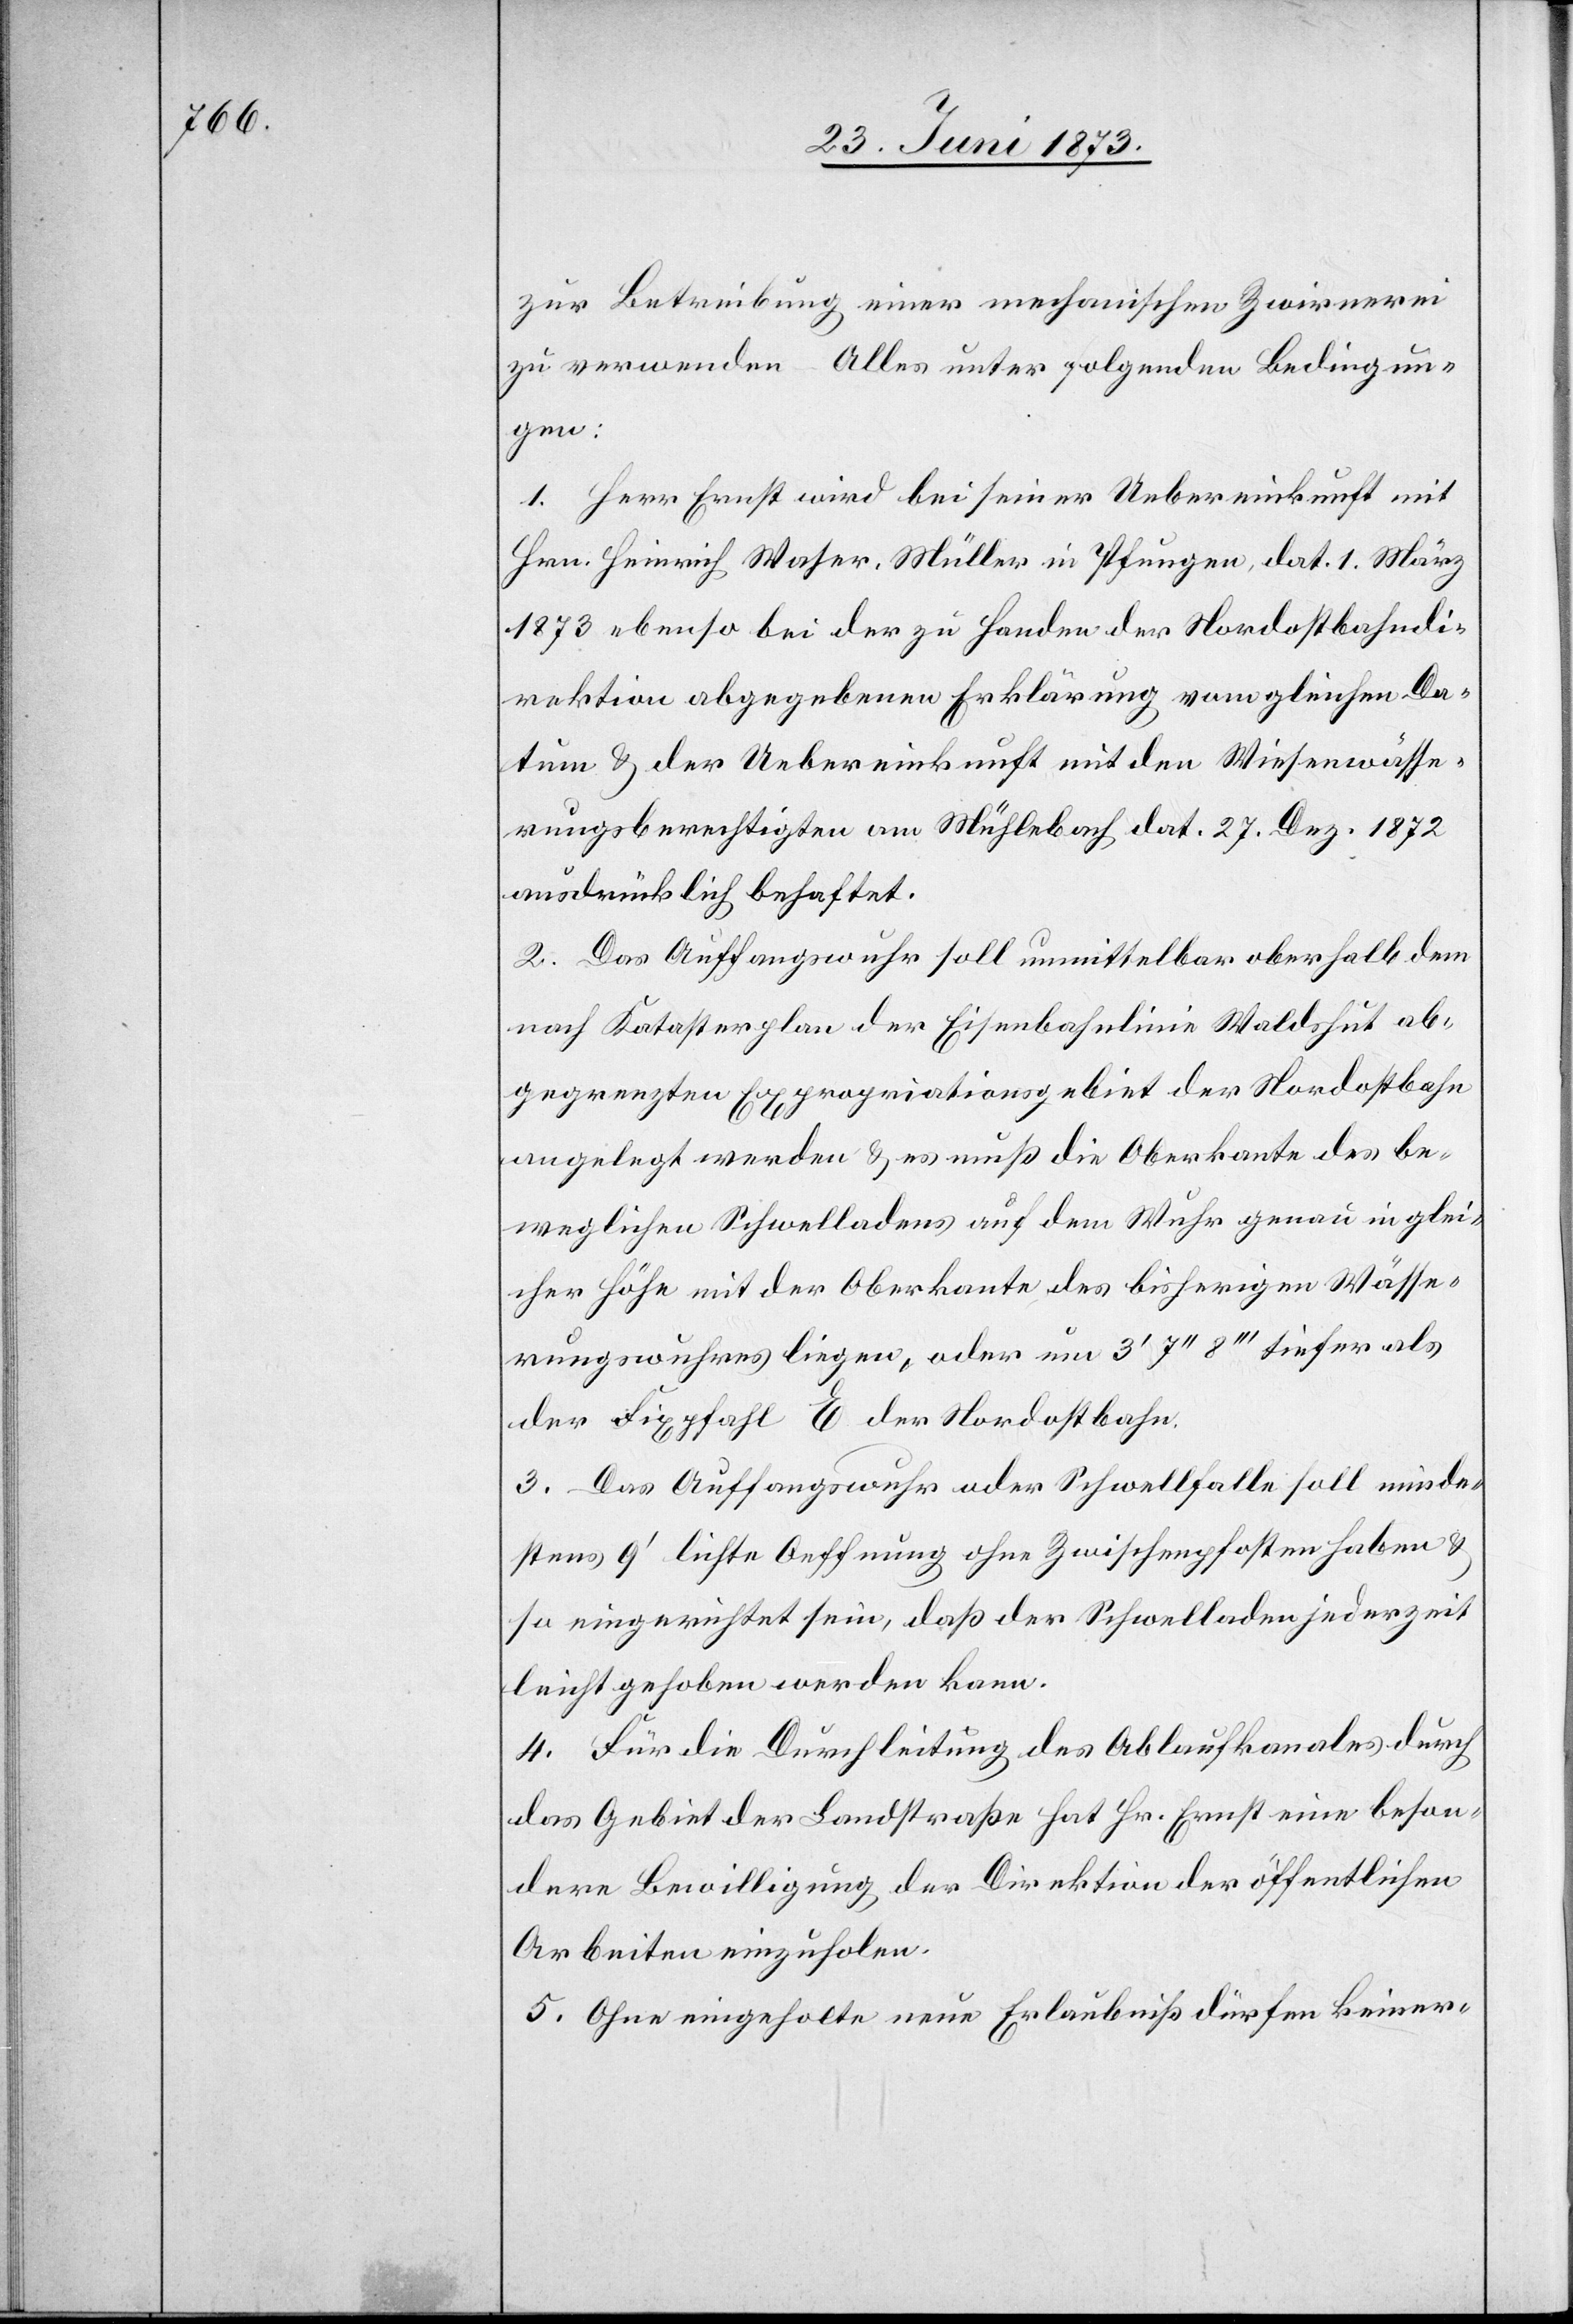
zur Betreibung einer mechanischen Zwirnerei
zu verwenden. Alles unter folgenden Bedingun¬
gen:
1. Herr Ernst wird bei seiner Uebereinkunft mit
Hrn. Heinrich Waser Müller in Pfungen, dat. 1. März
1873 ebenso bei der zu Handen der Nordostbahndi¬
rektion abgegebenen Erklärung vom gleichen Da¬
tum & der Uebereinkunft mit den Wiesenwässe¬
rungsberechtigten am Mühlebach dat. 27. Dez. 1872
ausdrücklich behaftet.
2. Das Auffangswuhr soll unmittelbar oberhalb dem
nach Katasterplan der Eisenbahnlinie Waldshut ab¬
gegrenzten Expropriationsgebiet der Nordostbahn
angelegt werden & es muß die Oberkante des be¬
weglichen Schwelladens auf dem Wuhr genau in glei¬
cher Höhe mit der Oberkante des bisherigen Wässe¬
rungswuhres liegen, oder um 3‘ 7‘‘ 8‘‘‘ tiefer als
der Fixpfahl E der Nordostbahn.
3. Das Auffangswuhr oder Schwellfalle soll minde¬
stens 9‘ lichte Oeffnung ohne Zwischenpfosten haben &
so eingerichtet sein, daß der Schwelladen jederzeit
leicht gehoben werden kann.
4. Für die Durchleitung des Ablaufkanales durch
das Gebiet der Landstraße hat Hr. Ernst eine beson¬
dere Bewilligung der Direktion der öffentlichen
Arbeiten einzuholen.
5. Ohne eingeholte neue Erlaubniß dürfen keiner-